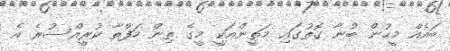
ބައެއް މީހުން ބުނާ ގޮތުގައި މަތީންއަކީ މީގެ ތިން ހަފްތާ ކުރީއްސުރެ އެ